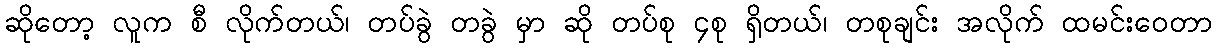
ဆိုတော့ လူက စီ လိုက်တယ်၊ တပ်ခွဲ တခွဲ မှာ ဆို တပ်စု ၄စု ရှိတယ်၊ တစုချင်း အလိုက် ထမင်းဝေတာ